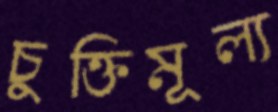
চুক্তিমূল্য